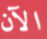
الآن